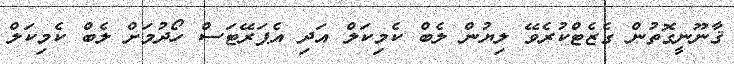
ޤާނޫނީގޮތުން ގެޒެޓްކުރެވޭ ލިޔުން ލެބް ކެމިކަލް އަދި އެޕަރޭޓަސް ހޯދުމަށް ލެބް ކެމިކަލް